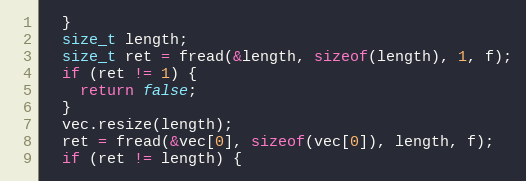
Language: C
  }
  size_t length;
  size_t ret = fread(&length, sizeof(length), 1, f);
  if (ret != 1) {
    return false;
  }
  vec.resize(length);
  ret = fread(&vec[0], sizeof(vec[0]), length, f);
  if (ret != length) {